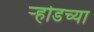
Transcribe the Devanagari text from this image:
ऱ्होडच्या